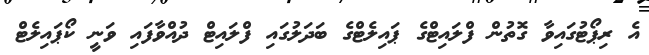
އެ ރިޕޯޓުގައިވާ ގޮތުން ފްލައިޓްގެ ޕައިލެޓްގެ ބަދަލުގައި ފްލައިޓް ދުއްވާފައި ވަނީ ކޯޕައިލެޓް